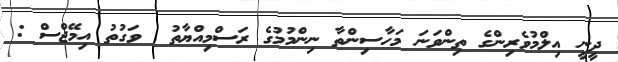
ދީނީ އިލްމުވެރިންގެ ތިންވަނަ މަހާސިންތާ ނިންމުމުގެ ރަސްމިއްޔާތު  ވަގުތު އިމޭޖްސް :